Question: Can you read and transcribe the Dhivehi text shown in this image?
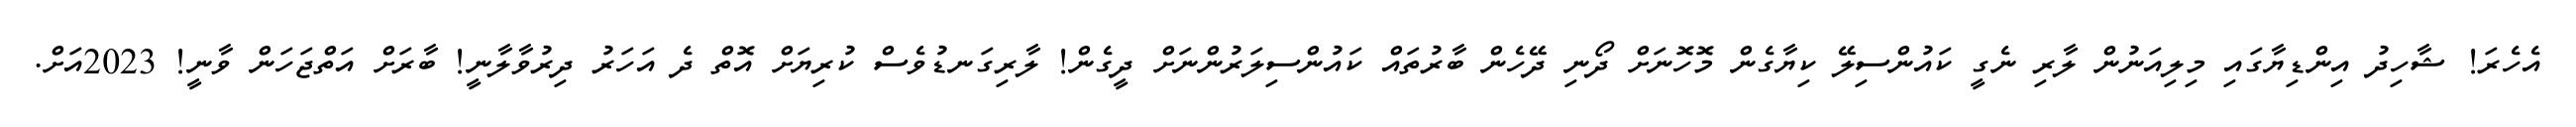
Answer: އެހެރަ! ޝާހިދު އިންޑިޔާގައި މިލިއަނުން ލާރި ނެގީ ކައުންސިލޭ ކިޔާގެން މޮހޮނަށް ދޯނި ދޭހެން ބާރުތައް ކައުންސިލަރުންނަށް ދީގެން! ލާރިގަނޑުވެސް ކުރިޔަށް އޮތް ދެ އަހަރު ދިރުވާލާނީ! ބާރަށް އަތްޖަހަން ވާނީ! 2023އަށް.